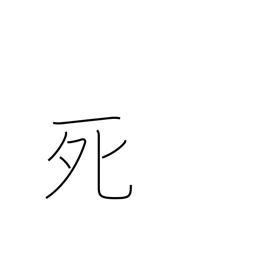
Meaning: death